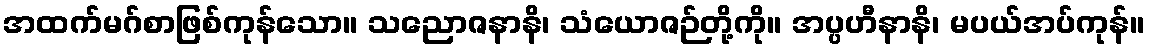
အထက်မဂ်စာဖြစ်ကုန်သော။ သညောဇနာနိ၊ သံယောဇဉ်တို့ကို။ အပ္ပဟီနာနိ၊ မပယ်အပ်ကုန်။